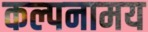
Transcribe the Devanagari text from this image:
कल्पनामय